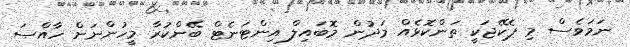
ނަމަވެސް މި ޕެކޭޖަކީ ތަންކޮޅެއް މަދުން މޮބައިލް އިންޓަނެޓް ބޭންކުރާ މީހުންނަށް ހާއްސަ